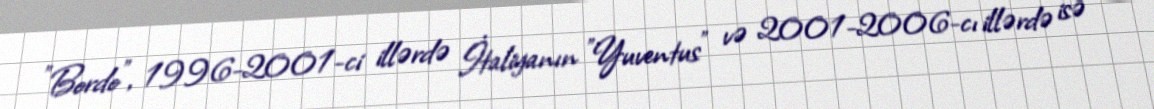
"Bordo", 1996-2001-ci illərdə İtaliyanın "Yuventus" və 2001-2006-cı illərdə isə